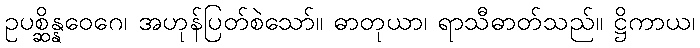
ဥပစ္ဆိန္နဝေဂေ၊ အဟုန်ပြတ်စဲသော်။ ဓာတုယာ၊ ရာသီဓာတ်သည်။ ဋ္ဌိကာယ၊